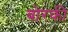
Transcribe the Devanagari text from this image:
बोरकी